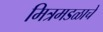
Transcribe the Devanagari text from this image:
मित्रमडळाचे